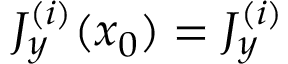
J _ { y } ^ { ( i ) } ( x _ { 0 } ) = J _ { y } ^ { ( i ) }